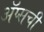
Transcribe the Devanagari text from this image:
ॲप्सची